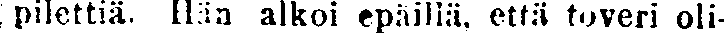
pilettiä. Hän alkoi epäillä, että toveri oli-